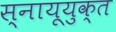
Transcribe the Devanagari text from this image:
स्नायूयुक्त